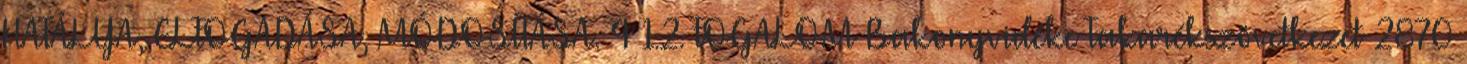
HATÁLYA, ELFOGADÁSA, MÓDOSÍTÁSA. 4 1.2. FOGALOM Bakonyvidéke Takarékszövetkezet 2870